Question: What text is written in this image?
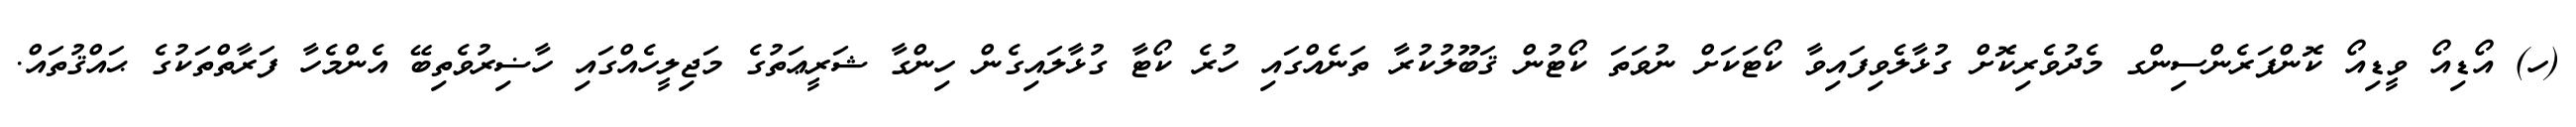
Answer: (ހ) އޯޑިއޯ ވީޑިއޯ ކޮންފަރެންސިންގ މެދުވެރިކޮށް ގުޅާލެވިފައިވާ ކޯޓަކަށް ނުވަތަ ކޯޓުން ޤަބޫލުކުރާ ތަނެއްގައި ހުރެ ކޯޓާ ގުޅާލައިގެން ހިންގާ ޝަރީޢަތުގެ މަޖިލީހެއްގައި ހާޟިރުވެތިބޭ އެންމެހާ ފަރާތްތަކުގެ ޙައްޤުތައް.